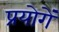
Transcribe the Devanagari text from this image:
प्रयोगें